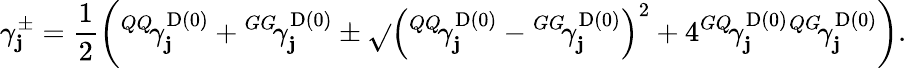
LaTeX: \gamma_{\mathbf{j}}^{\pm}=\frac{{1}}{{2}}\left({^{QQ}\! {\gamma}_{\mathbf{j}}^{\mathrm{{D}}(0)}}+{^{GG}\! {\gamma}_{\mathbf{j}}^{\mathrm{{D}}(0)}}\pm\sqrt{}{{\left({^{QQ}\! {\gamma}_{\mathbf{j}}^{\mathrm{{D}}(0)}}-{^{GG}\! {\gamma}_{\mathbf{j}}^{\mathrm{{D}}(0)}}\right)^{2}+4{^{GQ}\! {\gamma}_{\mathbf{j}}^{\mathrm{{D}}(0)}}{^{QG}\! {\gamma}_{\mathbf{j}}^{\mathrm{{D}}(0)}}}}\right).